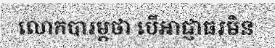
លោកបារម្ភថា បើអាជ្ញាធរមិន